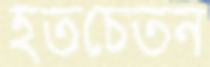
হতচেতন